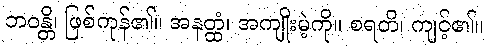
ဘဝန္တိ၊ ဖြစ်ကုန်၏။ အနတ္ထံ၊ အကျိုးမဲ့ကို။ စရတိ၊ ကျင့်၏။